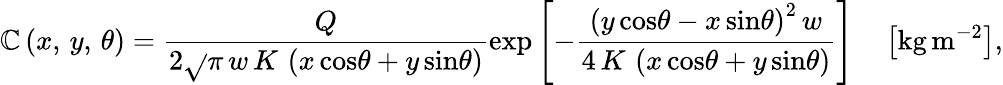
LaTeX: \mathbb{C}\left(x,\, y,\, \theta\right)=\frac{{Q}}{{2\sqrt{}{{\pi\, w\, K\, \left(x\, \mathrm{{cos}}\theta+y\, \mathrm{{sin}}\theta\right)}}}}\mathrm{{exp}}\left[-\frac{{\left(y\, \mathrm{{cos}}\theta-x\, \mathrm{{sin}}\theta\right)^{2}\, w}}{{4\, K\, \left(x\, \mathrm{{cos}}\theta+y\, \mathrm{{sin}}\theta\right)}}\right]\quad\left[\mathrm{{kg}}\, \mathrm{{m}}^{-2}\right],